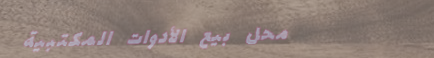
محل بيع الأدوات المكتبية